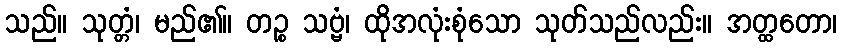
သည်။ သုတ္တံ၊ မည်၏။ တဉ္စ သဗ္ဗံ၊ ထိုအလုံးစုံသော သုတ်သည်လည်း။ အတ္ထတော၊